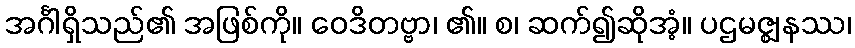
အင်္ဂါရှိသည်၏ အဖြစ်ကို။ ဝေဒိတဗ္ဗာ၊ ၏။ စ၊ ဆက်၍ဆိုအံ့။ ပဌမဇ္ဈနဿ၊